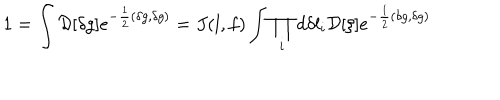
1 = \int { \cal D } [ \delta g ] e ^ { - { \frac { 1 } { 2 } } ( \delta g , \delta g ) } = J ( l , f ) \int \prod _ { i } d \delta l _ { i } { \cal D } [ \xi ] e ^ { - { \frac { 1 } { 2 } } ( \delta g , \delta g ) }